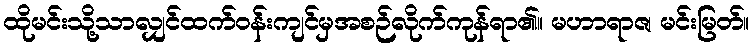
ထိုမင်းသို့သာလျှင်ထက်ဝန်းကျင်မှအစဉ်လိုက်ကုန်ရာ၏။ မဟာရာဇ၊ မင်းမြတ်။